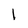
Character: 1